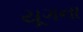
યૂગના